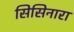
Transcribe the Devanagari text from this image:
सिसिनारा